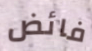
فائض